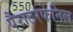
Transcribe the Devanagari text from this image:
पैराटरफेनिल